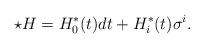
LaTeX: \begin{align*}\star H=H^{\ast}_0(t)dt + H^{\ast}_i(t)\sigma^i.\end{align*}